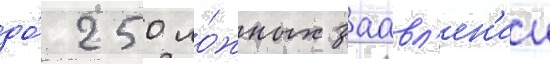
до́ 250 ло́жных заавл'ен'ии